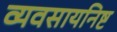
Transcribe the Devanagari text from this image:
व्यवसायनिष्ट